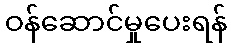
ဝန်ဆောင်မှုပေးရန်